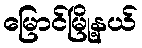
မြောင်မြို့နယ်